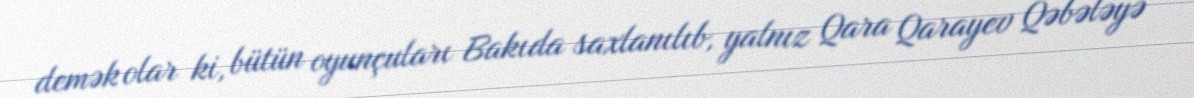
demək olar ki, bütün oyunçuları Bakıda saxlanılıb, yalnız Qara Qarayev Qəbələyə